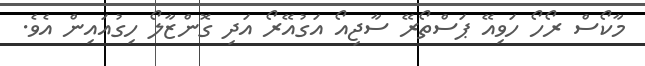
މާކޯސް ރޯހޯ ހަވިއޭ ޕަސްތޯރޭ ސާޖިއޯ އަގުއޭރޯ އަދި ގޮންޒާލޯ ހިގުއައިން އެވެ.